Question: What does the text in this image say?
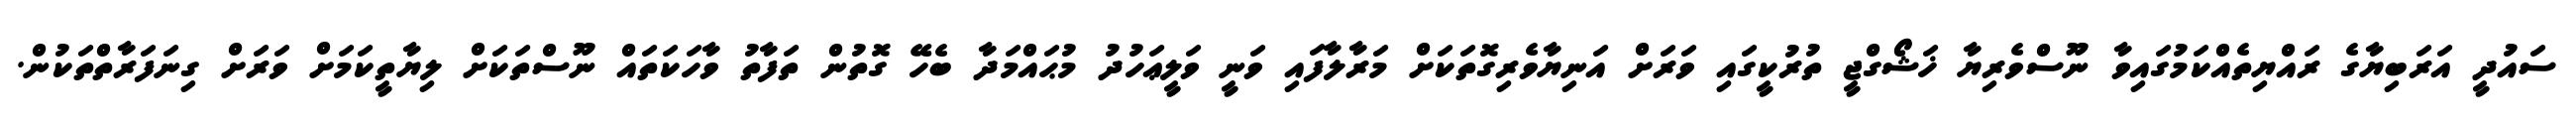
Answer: ސައުދީ އަރަބިޔާގެ ރައްޔިތެއްކަމުގައިވާ ނޫސްވެރިޔާ ޚަޝޯގްޖީ ތުރުކީގައި ވަރަށް އަނިޔާވެރިގޮތަކަށް މަރާލާފައި ވަނީ ވަލީޢަހުދު މުޙައްމަދާ ބެހޭ ގޮތުން ތަފާތު ވާހަކަތައް ނޫސްތަކަށް ލިޔާތީކަމަށް ވަރަށް ގިނަފަރާތްތަކުން.